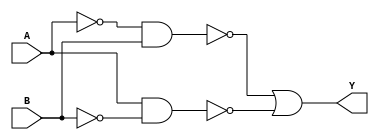
module comb_xor_gate (
    input A,
    input B,
    output Y
);

wire not_A;
wire not_B;

assign not_A = ~A;
assign not_B = ~B;

assign Y = ~(not_A & B) | ~(A & not_B);

endmodule